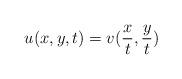
LaTeX: \begin{align*} u(x,y,t) = v(\frac{x}{t},\frac{y}{t})\end{align*}